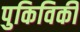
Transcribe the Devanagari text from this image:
पुकिविकी